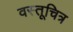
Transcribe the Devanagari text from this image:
वस्तूचित्र